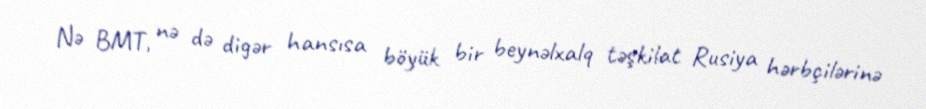
Nə BMT, nə də digər hansısa böyük bir beynəlxalq təşkilat Rusiya hərbçilərinə